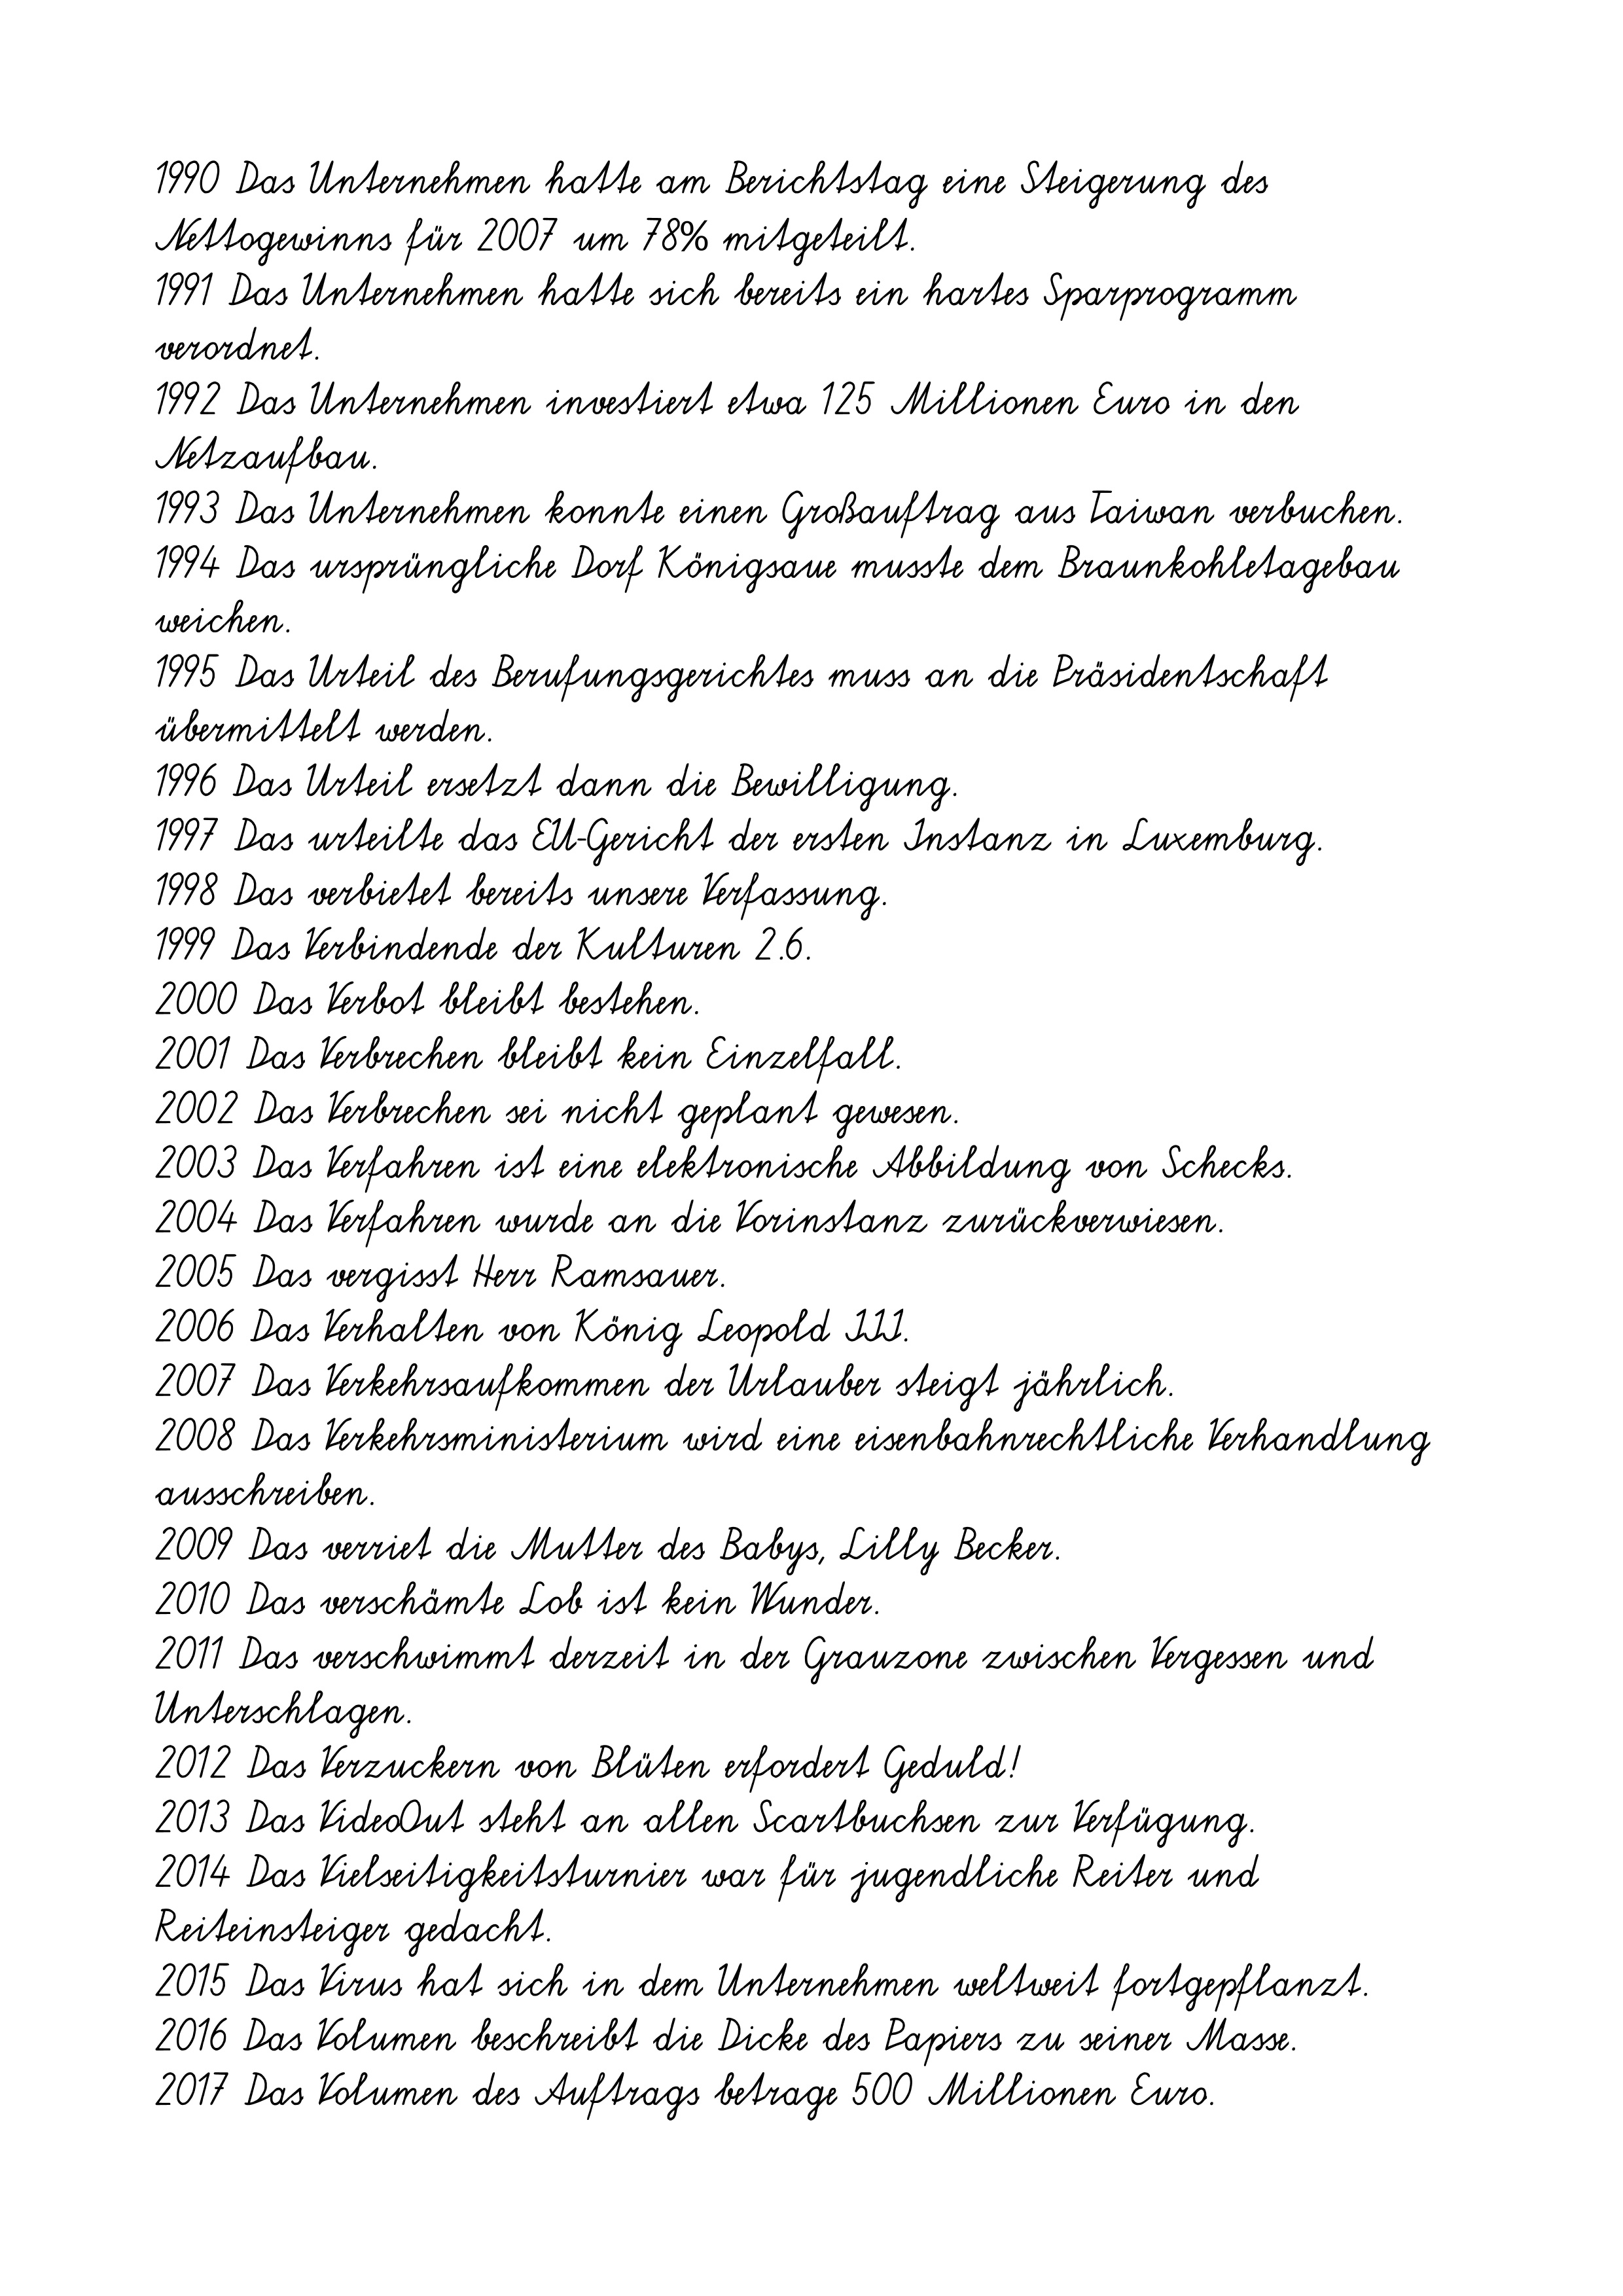
1990 Das Unternehmen hatte am Berichtstag eine Steigerung des
Nettogewinns für 2007 um 78% mitgeteilt.
1991 Das Unternehmen hatte sich bereits ein hartes Sparprogramm
verordnet.
1992 Das Unternehmen investiert etwa 125 Millionen Euro in den
Netzaufbau.
1993 Das Unternehmen konnte einen Großauftrag aus Taiwan verbuchen.
1994 Das ursprüngliche Dorf Königsaue musste dem Braunkohletagebau
weichen.
1995 Das Urteil des Berufungsgerichtes muss an die Präsidentschaft
übermittelt werden.
1996 Das Urteil ersetzt dann die Bewilligung.
1997 Das urteilte das EU-Gericht der ersten Instanz in Luxemburg.
1998 Das verbietet bereits unsere Verfassung.
1999 Das Verbindende der Kulturen 2.6.
2000 Das Verbot bleibt bestehen.
2001 Das Verbrechen bleibt kein Einzelfall.
2002 Das Verbrechen sei nicht geplant gewesen.
2003 Das Verfahren ist eine elektronische Abbildung von Schecks.
2004 Das Verfahren wurde an die Vorinstanz zurückverwiesen.
2005 Das vergisst Herr Ramsauer.
2006 Das Verhalten von König Leopold III.
2007 Das Verkehrsaufkommen der Urlauber steigt jährlich.
2008 Das Verkehrsministerium wird eine eisenbahnrechtliche Verhandlung
ausschreiben.
2009 Das verriet die Mutter des Babys, Lilly Becker.
2010 Das verschämte Lob ist kein Wunder.
2011 Das verschwimmt derzeit in der Grauzone zwischen Vergessen und
Unterschlagen.
2012 Das Verzuckern von Blüten erfordert Geduld!
2013 Das VideoOut steht an allen Scartbuchsen zur Verfügung.
2014 Das Vielseitigkeitsturnier war für jugendliche Reiter und
Reiteinsteiger gedacht.
2015 Das Virus hat sich in dem Unternehmen weltweit fortgepflanzt.
2016 Das Volumen beschreibt die Dicke des Papiers zu seiner Masse.
2017 Das Volumen des Auftrags betrage 500 Millionen Euro.